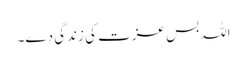
اللہ بس عزت کی زندگی دے۔